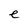
Character: e